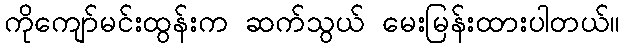
ကိုကျော်မင်းထွန်းက ဆက်သွယ် မေးမြန်းထားပါတယ်။